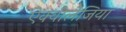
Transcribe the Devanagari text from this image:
ऐक्वीलेजिया